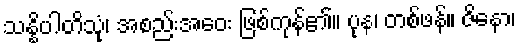
သန္နိပါတိသုံ၊ အစည်းအဝေး ဖြစ်ကုန်၏။ ပုန၊ တစ်ဖန်။ ဇိနော၊